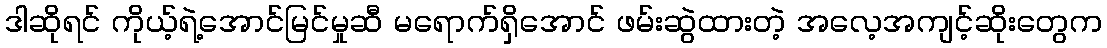
ဒါဆိုရင် ကိုယ့်ရဲ့အောင်မြင်မှုဆီ မရောက်ရှိအောင် ဖမ်းဆွဲထားတဲ့ အလေ့အကျင့်ဆိုးတွေက